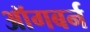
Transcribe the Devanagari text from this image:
ऑगबर्न